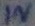
Text: IN